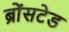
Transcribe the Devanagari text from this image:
ब्रोंसटेड